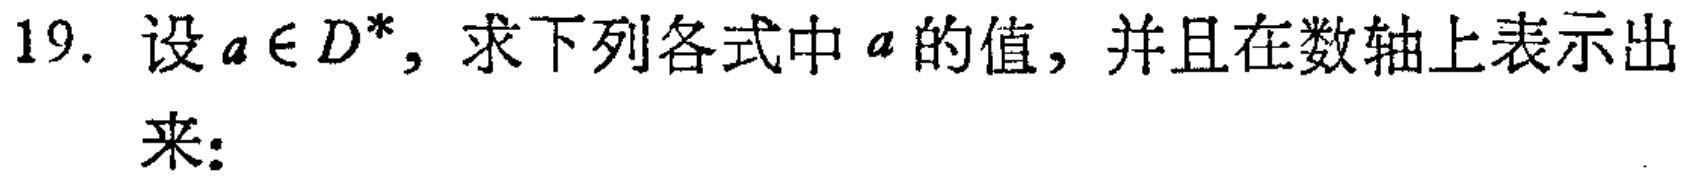
19. 设\(a\in D^{*}\)，求下列各式中\(a\)的值，并且在数轴上表示出来：